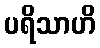
ပရိသာဟိ